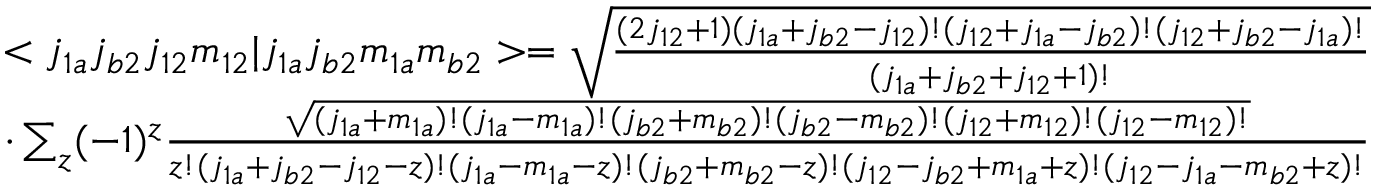
\begin{array} { c c } { < j _ { 1 a } j _ { b 2 } j _ { 1 2 } m _ { 1 2 } | j _ { 1 a } j _ { b 2 } m _ { 1 a } m _ { b 2 } > = \sqrt { \frac { ( 2 j _ { 1 2 } + 1 ) ( j _ { 1 a } + j _ { b 2 } - j _ { 1 2 } ) ! ( j _ { 1 2 } + j _ { 1 a } - j _ { b 2 } ) ! ( j _ { 1 2 } + j _ { b 2 } - j _ { 1 a } ) ! } { ( j _ { 1 a } + j _ { b 2 } + j _ { 1 2 } + 1 ) ! } } } \\ { \cdot \sum _ { z } ( - 1 ) ^ { z } \frac { \sqrt { ( j _ { 1 a } + m _ { 1 a } ) ! ( j _ { 1 a } - m _ { 1 a } ) ! ( j _ { b 2 } + m _ { b 2 } ) ! ( j _ { b 2 } - m _ { b 2 } ) ! ( j _ { 1 2 } + m _ { 1 2 } ) ! ( j _ { 1 2 } - m _ { 1 2 } ) ! } } { z ! ( j _ { 1 a } + j _ { b 2 } - j _ { 1 2 } - z ) ! ( j _ { 1 a } - m _ { 1 a } - z ) ! ( j _ { b 2 } + m _ { b 2 } - z ) ! ( j _ { 1 2 } - j _ { b 2 } + m _ { 1 a } + z ) ! ( j _ { 1 2 } - j _ { 1 a } - m _ { b 2 } + z ) ! } } \end{array}